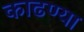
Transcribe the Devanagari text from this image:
काढण्या